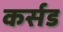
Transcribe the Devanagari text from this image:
कर्सड